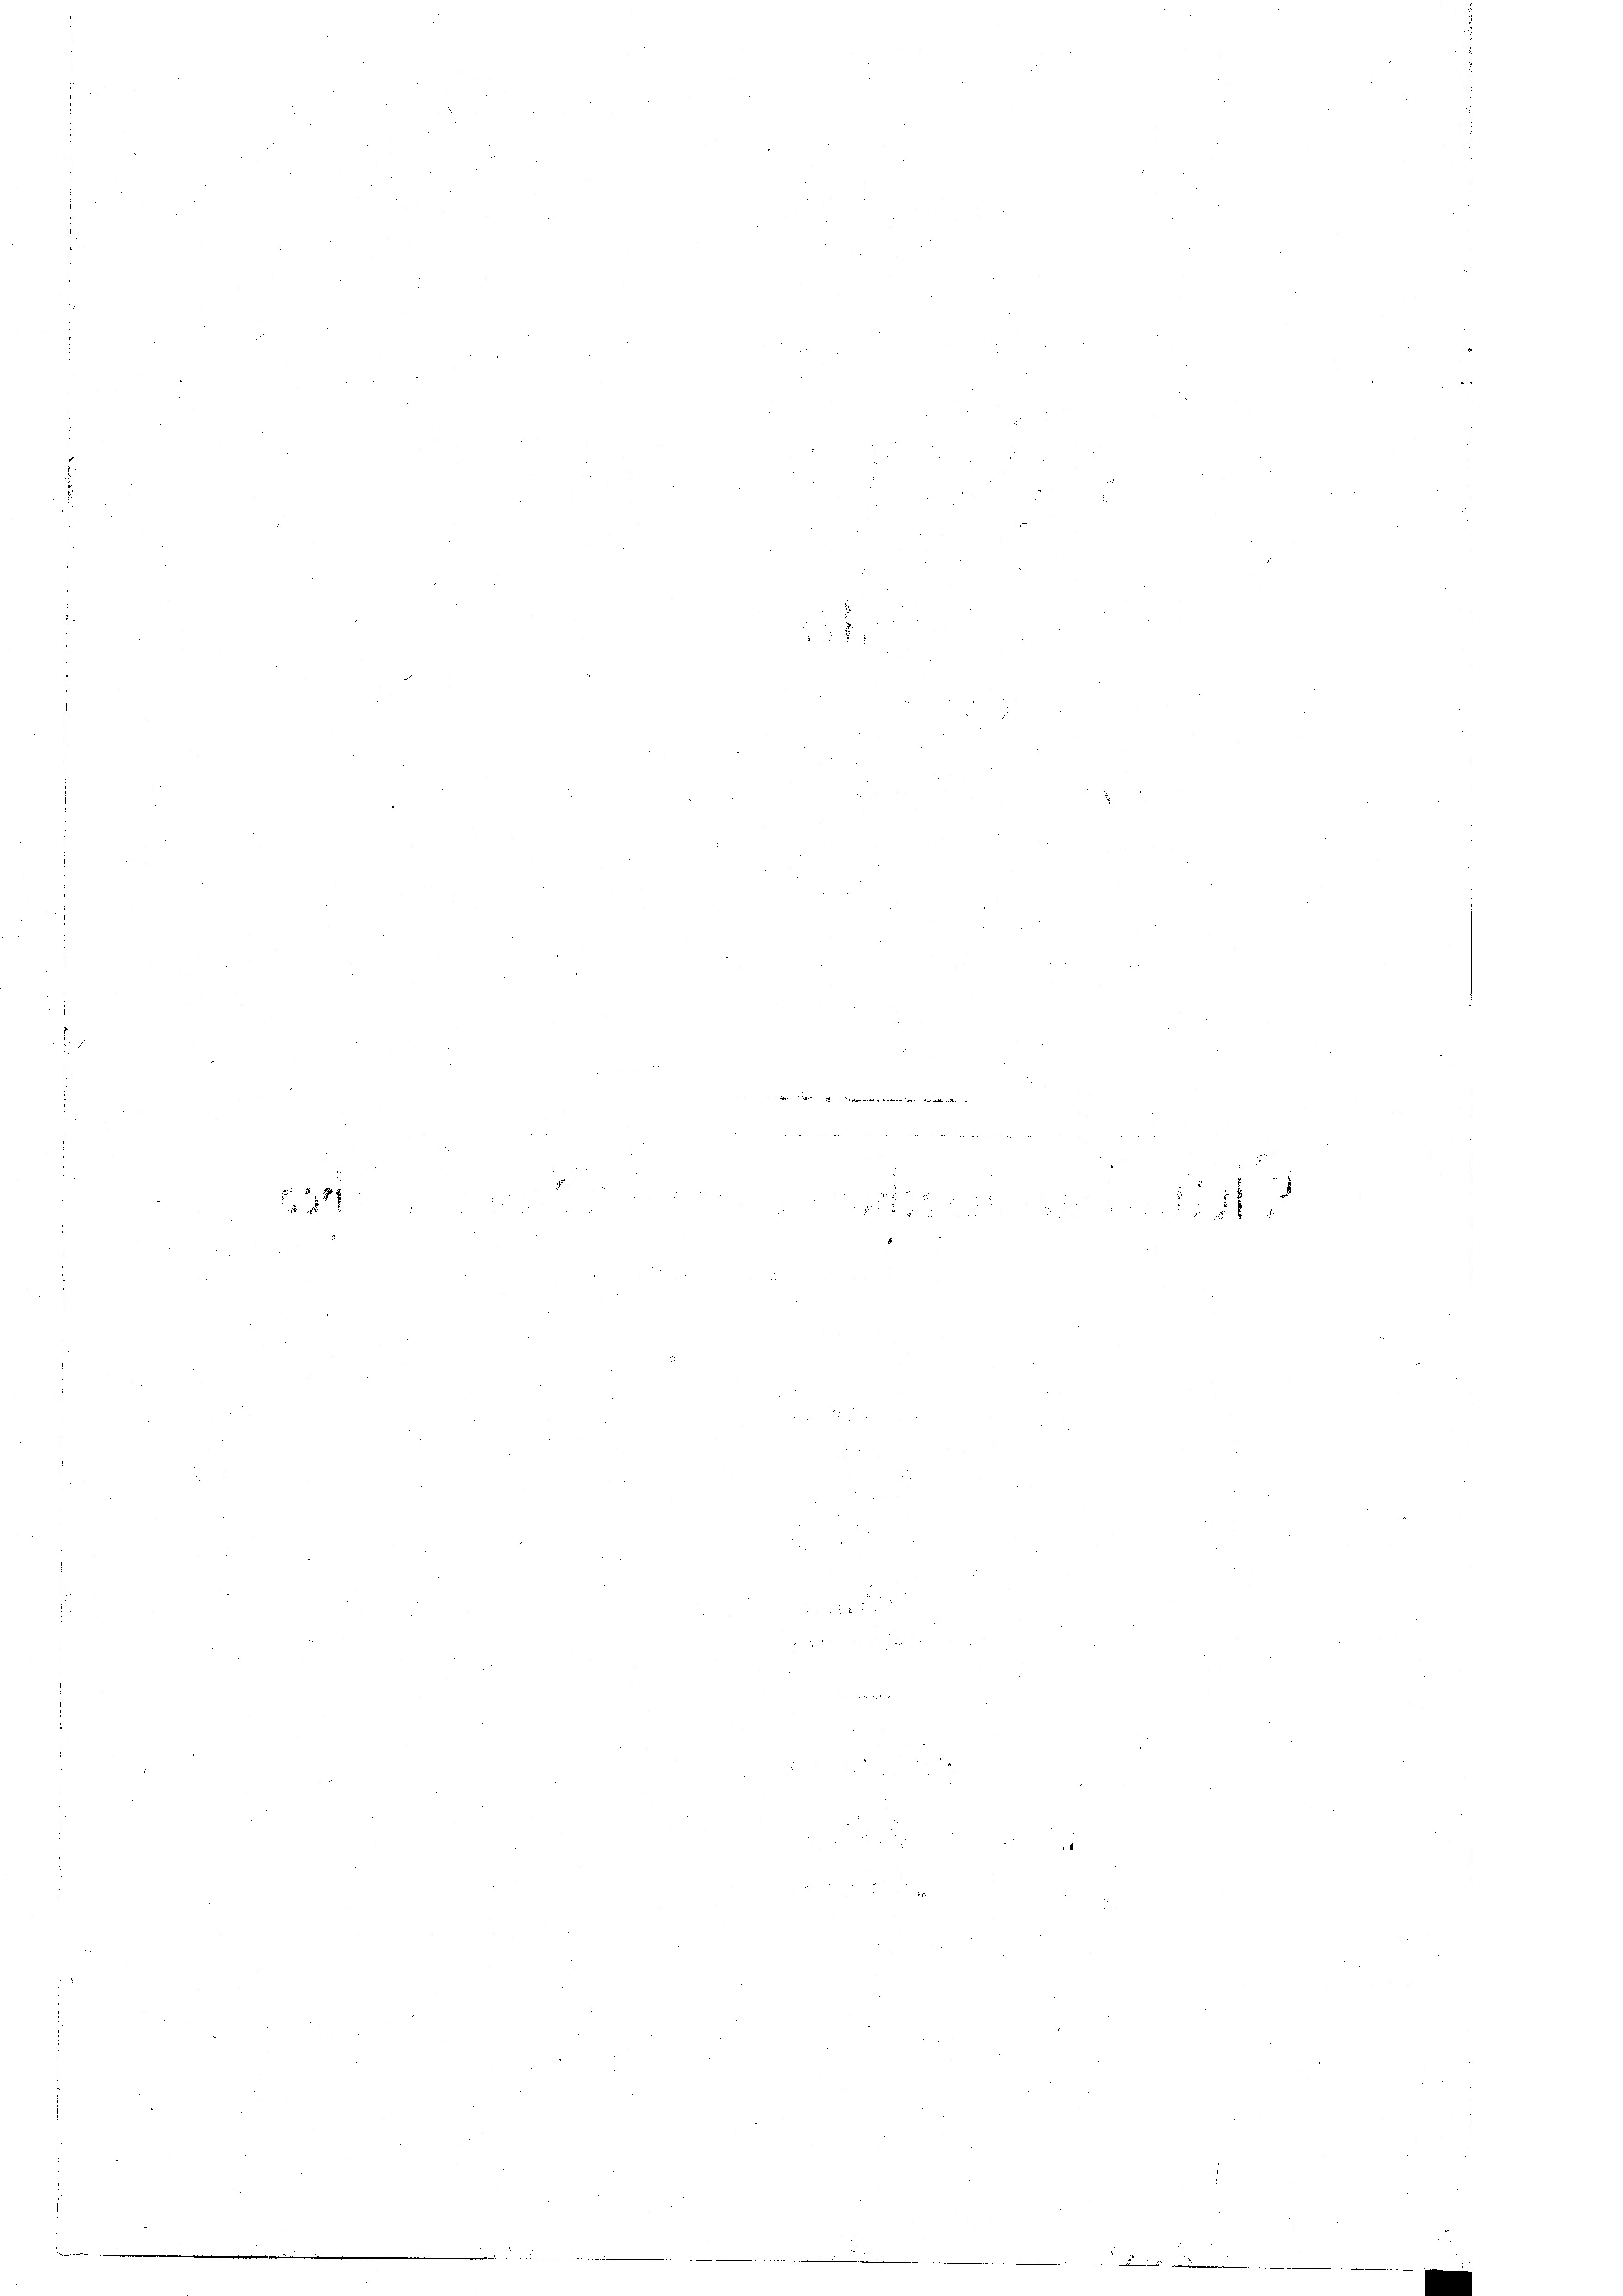
371

1